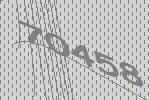
70458